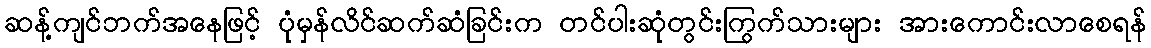
ဆန့်ကျင်ဘက်အနေဖြင့် ပုံမှန်လိင်ဆက်ဆံခြင်းက တင်ပါးဆုံတွင်းကြွက်သားများ အားကောင်းလာစေရန်